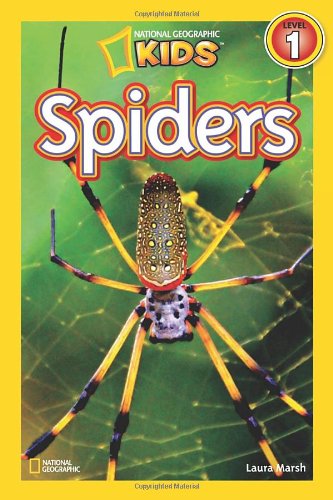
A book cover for National Geographic Readers: Spiders; Laura Marsh; Children's Books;